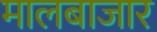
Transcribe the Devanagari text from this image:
मालबाजार